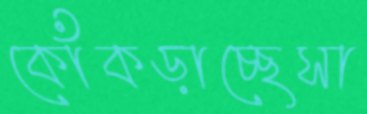
কোঁকড়াচ্ছেসা